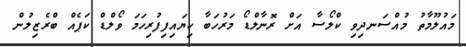
މައުލޫމާތު މުއްސަނދިވި ކްލޯސާ އަށް ރޮނާލްޑޯ މަރުހަބާ ކިޔައިފިފުރިހަމަ ވޯލްޑް ކަޕެއް ބްރެޒިލުން